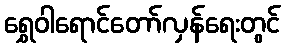
ရွှေဝါရောင်တော်လှန်ရေးတွင်